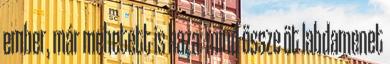
ember, már mehetett is haza: mind­ össze öt labdamenet